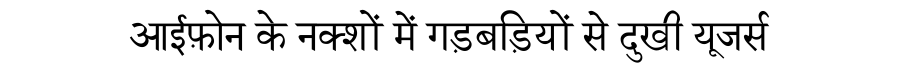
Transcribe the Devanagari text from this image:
आईफ़ोन के नक्शों में गड़बड़ियों से दुखी यूजर्स